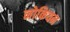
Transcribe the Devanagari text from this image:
नोकियन